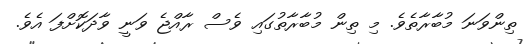
ތިންވަނަ މުބާރާތެވެ. މި ތިން މުބާރާތުގައި ވެސް ރާއްޖެ ވަނީ ވާދަކޮށްފަ އެވެ.